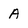
Character: A